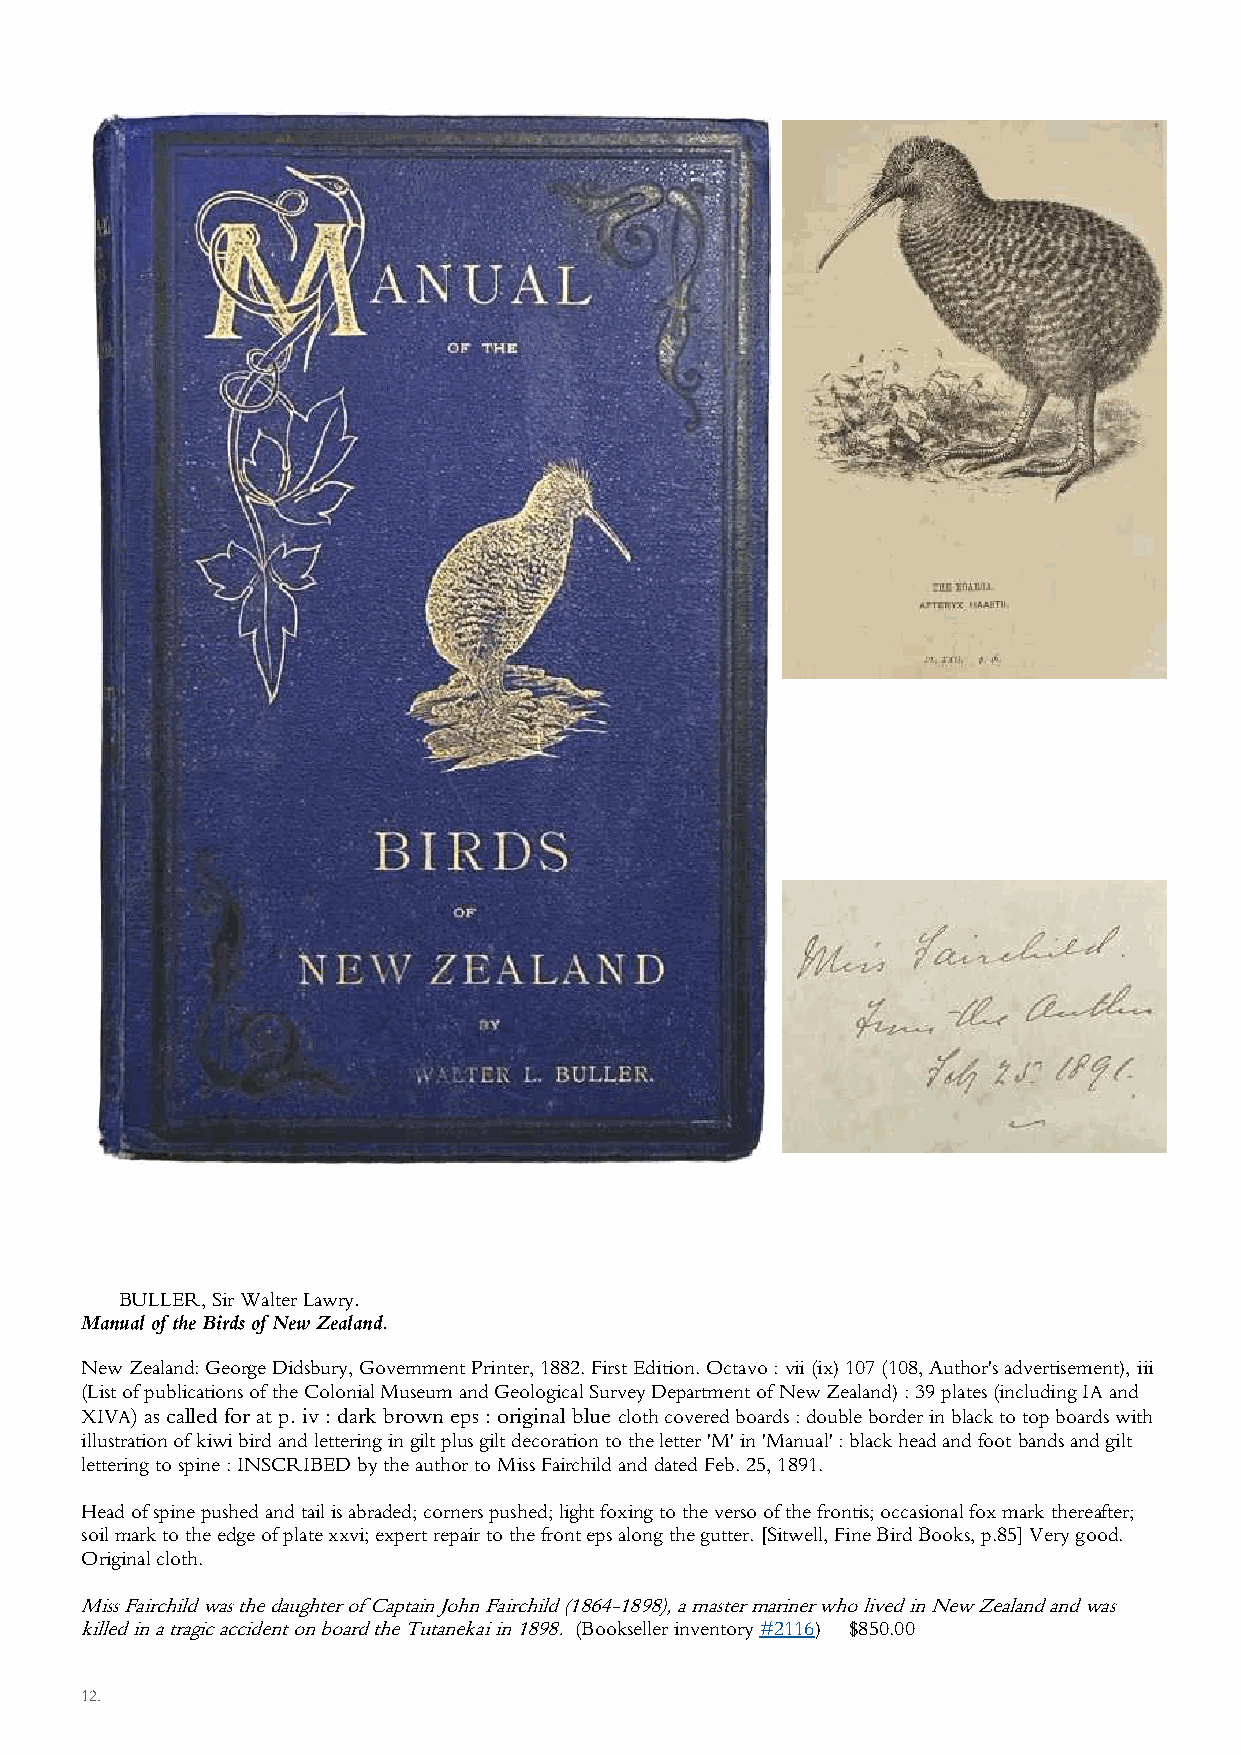
BULLER, Sir Walter Lawry.
 Manual of the Birds of New Zealand.
 New Zealand: George Didsbury, Government Printer, 1882. First Edition. Octavo : vii (ix) 107 (108, Author's advertisement), iii
 (List of publications of the Colonial Museum and Geological Survey Department of New Zealand) : 39 plates (including IA and
 XIVA) as called for at p. iv : dark brown eps : original blue cloth covered boards : double border in black to top boards with
 illustration of kiwi bird and lettering in gilt plus gilt decoration to the letter 'M' in 'Manual' : black head and foot bands and gilt
 lettering to spine : INSCRIBED by the author to Miss Fairchild and dated Feb. 25, 1891.
 Head of spine pushed and tail is abraded; corners pushed; light foxing to the verso of the frontis; occasional fox mark thereafter;
 soil mark to the edge of plate xxvi; expert repair to the front eps along the gutter. [Sitwell, Fine Bird Books, p.85] Very good.
 Original cloth.
 Miss Fairchild was the daughter of Captain John Fairchild (1864-1898), a master mariner who lived in New Zealand and was
 killed in a tragic accident on board the Tutanekai in 1898. (Bookseller inventory #2116) $850.00
 12.